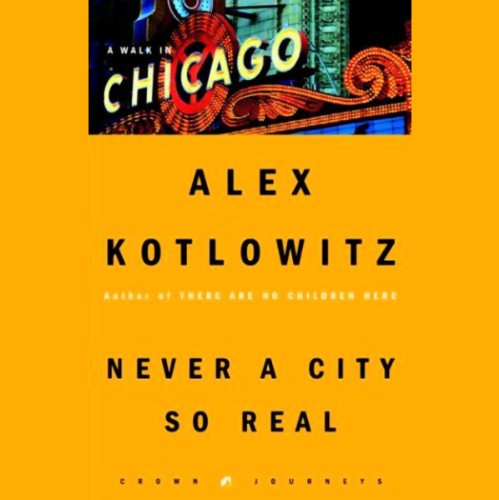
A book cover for Never a City So Real: A Walk in Chicago; Alex Kotlowitz; Travel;